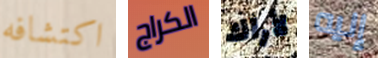
اكتشافه الكراج لأراك إليه